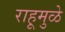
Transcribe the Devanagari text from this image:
राहूमुळे